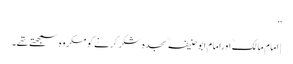
‘‘
| امام مالکؒ اورامام ابوحنیفہؒ سجدہ شکر کرنے کو مکروہ سمجھتے تھے۔